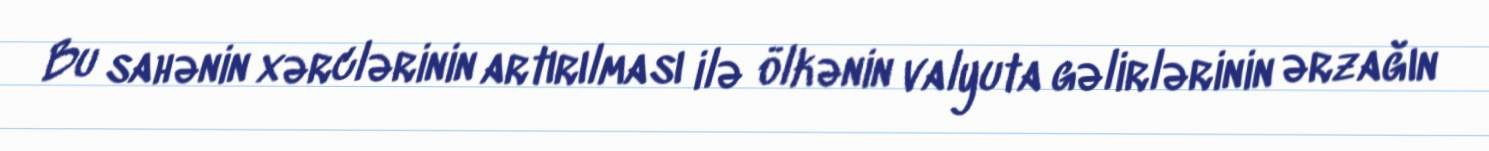
Bu sahənin xərclərinin artırılması ilə ölkənin valyuta gəlirlərinin ərzağın